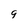
Character: 9